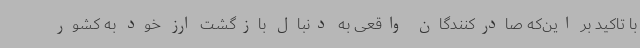
با تاکید بر این‌که صادرکنندگان واقعی به دنبال بازگشت ارز خود به کشور